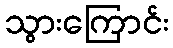
သွားကြောင်း